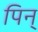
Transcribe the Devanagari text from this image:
पिन्